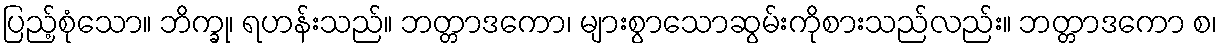
ပြည့်စုံသော။ ဘိက္ခု၊ ရဟန်းသည်။ ဘတ္တာဒကော၊ များစွာသောဆွမ်းကိုစားသည်လည်း။ ဘတ္တာဒကော စ၊